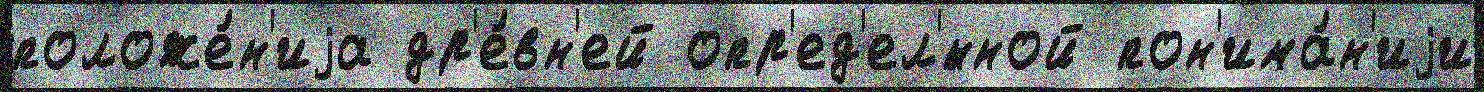
положе́н'иjа др'е́вн'ей опр'ед'ел'́нной пон'има́н'иjи